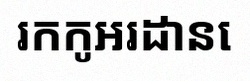
រកកូអរដោនេ